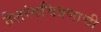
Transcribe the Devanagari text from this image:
तैलरंगचित्रणाची